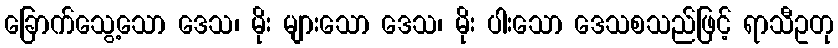
ခြောက်သွေ့သော ဒေသ၊ မိုး များသော ဒေသ၊ မိုး ပါးသော ဒေသစသည်ဖြင့် ရာသီဥတု